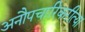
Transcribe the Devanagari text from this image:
अनौपचारिकरीत्या